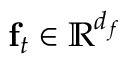
\mathbf { f } _ { t } \in \mathbb { R } ^ { d _ { f } }